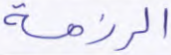
الرزمة